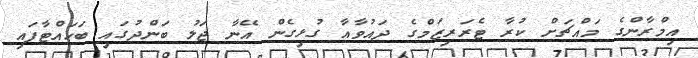
އިމްރާންގެ މައްޗަށް ކުރާ ޓެރަރިޒަމްގެ ދައުވާއާ ގުޅިގެން އޭނާ ޖަލު ބަންދުގައި ބަހައްޓާފައި